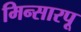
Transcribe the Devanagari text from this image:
मिन्सारपू